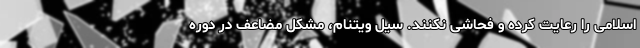
اسلامی را رعایت کرده و فحاشی نکنند. سیل ویتنام، مشکل مضاعف در دوره